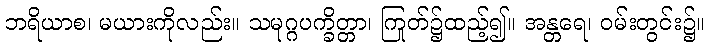
ဘရိယာစ၊ မယားကိုလည်း။ သမုဂ္ဂပက္ခိတ္တာ၊ ကြုတ်၌ထည့်၍။ အန္တရေ၊ ဝမ်းတွင်း၌။